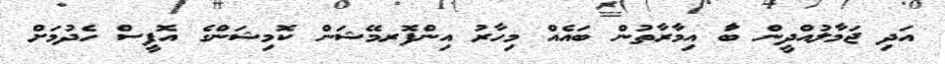
އަދި ޖަމާލުއްދީން ބަާ އިމާރާތުން ބައެއް މިހާރު އިންފޮރމޭޝަން ކޮމިޝަންގެ އޮފީސް ހެދުމަށް